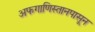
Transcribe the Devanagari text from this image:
अफगाणिस्तानपासून